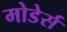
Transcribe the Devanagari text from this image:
मोडेर्स